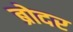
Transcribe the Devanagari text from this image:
ब्रोदर